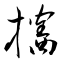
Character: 攜